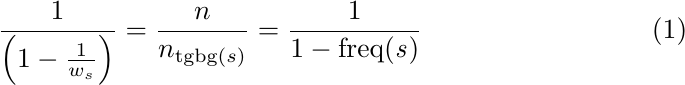
\begin{align}
    \frac{1}{\left(1 - \frac{1}{w_s}\right)} = \frac{n}{n_{\text{tgbg($s$)}}} = \frac{1}{1 - \text{freq(\textit{s})}}
\end{align}